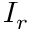
I _ { r }